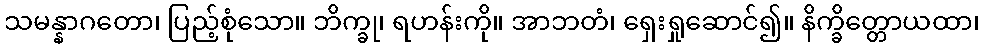
သမန္နာဂတော၊ ပြည့်စုံသော။ ဘိက္ခု၊ ရဟန်းကို။ အာဘတံ၊ ရှေးရှုဆောင်၍။ နိက္ခိတ္တောယထာ၊